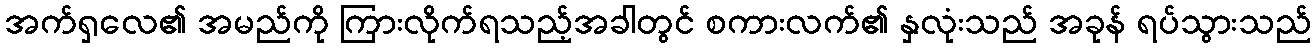
အက်ရှလေ၏ အမည်ကို ကြားလိုက်ရသည့်အခါတွင် စကားလက်၏ နှလုံးသည် အခုန် ရပ်သွားသည်